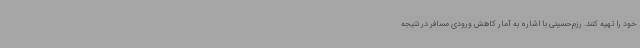
خود را تهیه کنند. رزم‌حسینی با اشاره به آمار کاهش ورودی مسافر در نتیجه